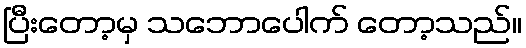
ပြီးတော့မှ သဘောပေါက် တော့သည်။